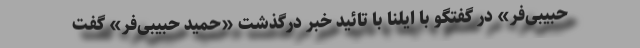
حبیبی‌فر» در گفتگو با ایلنا با تائید خبر درگذشت «حمید حبیبی‌فر» گفت